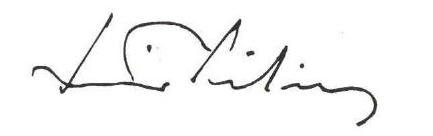
Reino Paasilinna